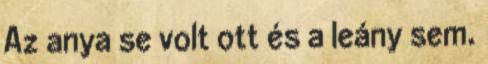
Az anya se volt ott és a leány sem.